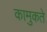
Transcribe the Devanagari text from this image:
कामुकते